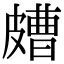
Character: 𥀛